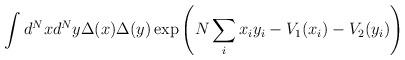
LaTeX: \begin{align*}\int d^N x d^N y \Delta(x)\Delta(y) \exp \left(N \sum_i x_i y_i - V_1(x_i) -V_2(y_i)\right)\end{align*}